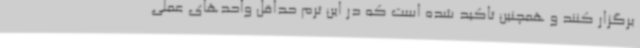
برگزار کنند و همچنین تاکید شده است که در این ترم حداقل واحدهای عملی